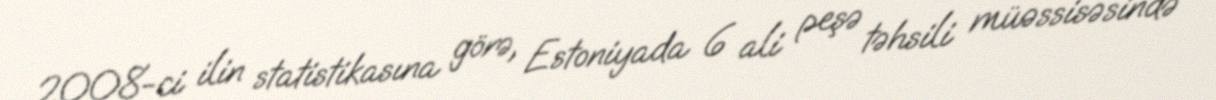
2008-ci ilin statistikasına görə, Estoniyada 6 ali peşə təhsili müəssisəsində